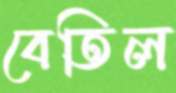
বেতিল